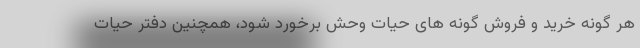
هر گونه خرید و فروش گونه های حیات وحش برخورد شود، همچنین دفتر حیات